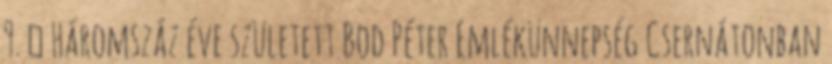
9. ↑ Háromszáz éve született Bod Péter Emlékünnepség Csernátonban